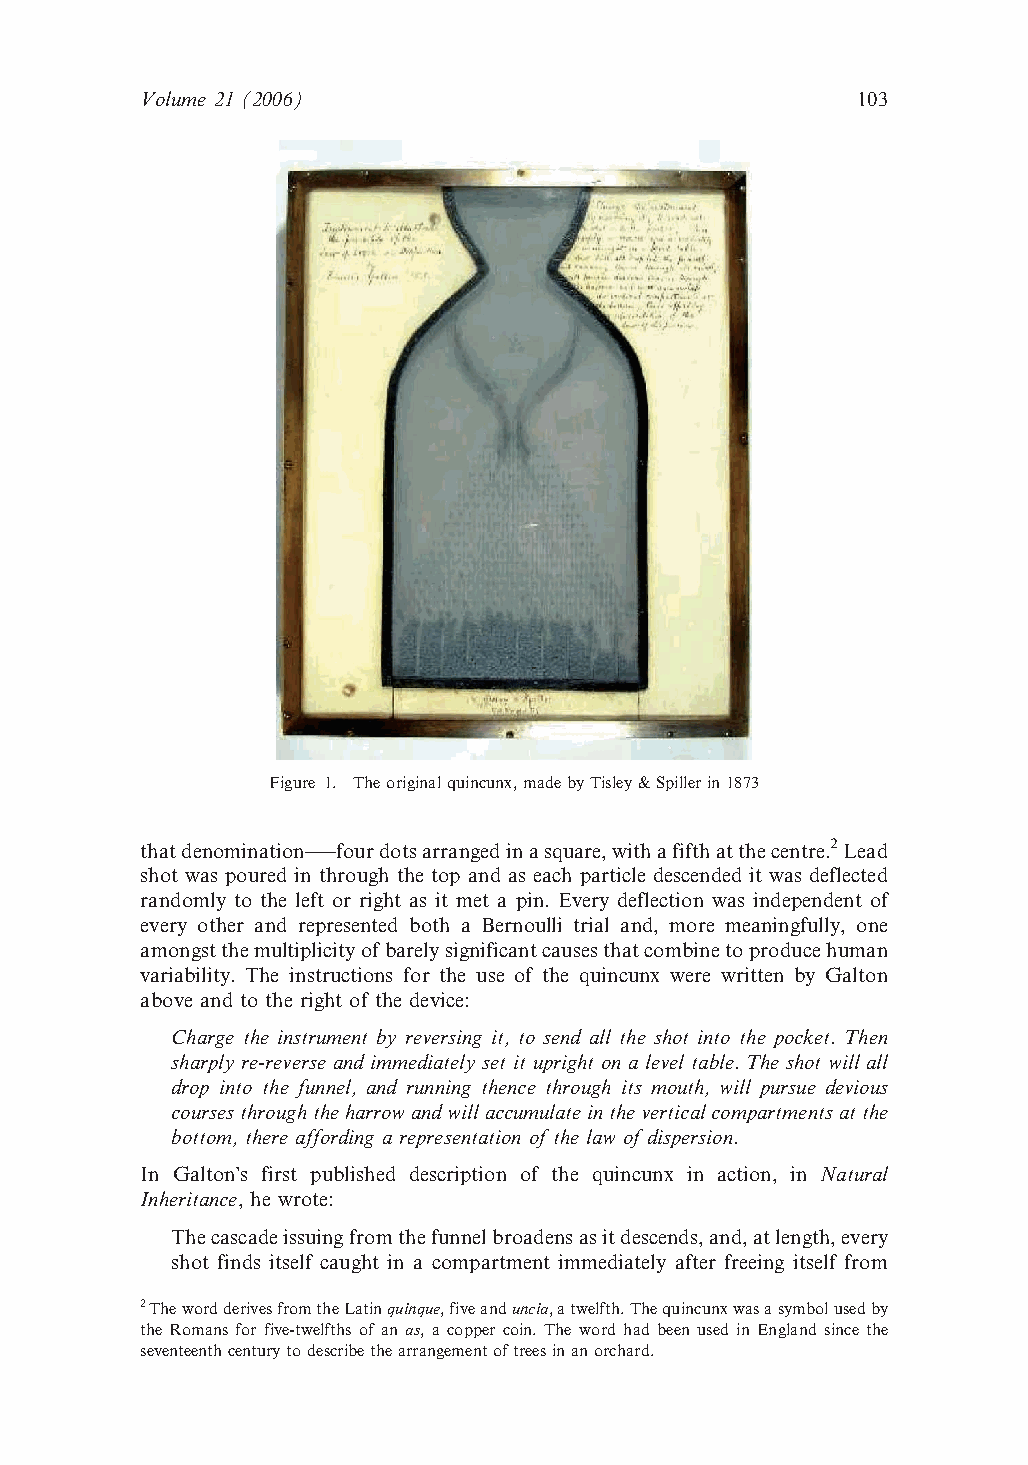
Volume 21 (2006)                                103
 Figure 1. Theoriginalquincunx,madebyTisley&Spillerin1873
 thatdenomination–—fourdotsarrangedinasquare,withafifthatthecentre.2Lead
 shot was poured in through the top and as each particle descended it was deflected
 randomly to the left or right as it met a pin. Every deflection was independent of
 every other and represented both a Bernoulli trial and, more meaningfully, one
 amongstthemultiplicityofbarelysignificantcausesthatcombinetoproducehuman
 variability. The instructions for the use of the quincunx were written by Galton
 above and to the right of the device:
 Charge the instrument by reversing it, to send all the shot into the pocket. Then
 sharply re-reverse and immediately set it upright on a level table. The shot will all
 drop into the funnel, and running thence through its mouth, will pursue devious
 coursesthroughtheharrowandwillaccumulateintheverticalcompartmentsatthe
 bottom, there affording a representation of the law of dispersion.
 In Galton’s first published description of the quincunx in action, in Natural
 Inheritance, he wrote:
 Thecascadeissuingfromthefunnelbroadensasitdescends,and,atlength,every
 shot finds itself caught in a compartment immediately after freeing itself from
 2ThewordderivesfromtheLatinquinque,fiveanduncia,atwelfth.Thequincunxwasasymbolusedby
 the Romans for five-twelfths of an as, a copper coin. The word had been used in England since the
 seventeenthcenturytodescribethearrangementoftreesinanorchard.